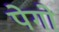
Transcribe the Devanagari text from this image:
पेगो